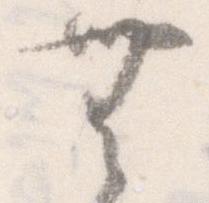
無